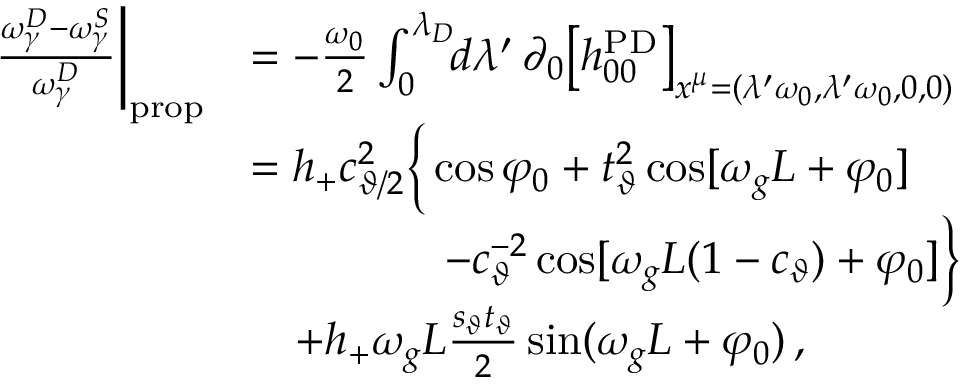
\begin{array} { r l } { \frac { \omega _ { \gamma } ^ { D } - \omega _ { \gamma } ^ { S } } { \omega _ { \gamma } ^ { D } } \bigg | _ { \mathrm { p r o p } } } & { = - \frac { \omega _ { 0 } } { 2 } \int _ { 0 } ^ { \lambda _ { D } } \! \! d \lambda ^ { \prime } \, \partial _ { 0 } \big [ h _ { 0 0 } ^ { \mathrm { P D } } \big ] _ { x ^ { \mu } = ( \lambda ^ { \prime } \omega _ { 0 } , \lambda ^ { \prime } \omega _ { 0 } , 0 , 0 ) } } \\ & { = h _ { + } c _ { \vartheta / 2 } ^ { 2 } \Big \{ \cos \varphi _ { 0 } + t _ { \vartheta } ^ { 2 } \cos [ \omega _ { g } L + \varphi _ { 0 } ] } \\ & { \qquad \qquad ~ - c _ { \vartheta } ^ { - 2 } \cos [ \omega _ { g } L ( 1 - c _ { \vartheta } ) + \varphi _ { 0 } ] \Big \} } \\ & { \quad + h _ { + } \omega _ { g } L \frac { s _ { \vartheta } t _ { \vartheta } } { 2 } \sin ( \omega _ { g } L + \varphi _ { 0 } ) \, , } \end{array}